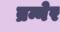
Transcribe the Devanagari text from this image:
ब्रन्नेर